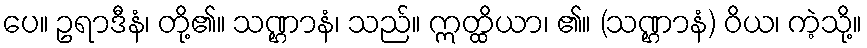
ပေ။ ဥရာဒီနံ၊ တို့၏။ သဏ္ဌာနံ၊ သည်။ ဣတ္ထိယာ၊ ၏။ (သဏ္ဌာနံ) ဝိယ၊ ကဲ့သို့။